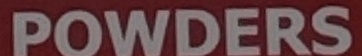
POWDERS